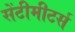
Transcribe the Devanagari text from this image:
सेंटीमीटर्स